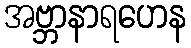
အဗ္ဘာနာရဟေန